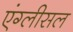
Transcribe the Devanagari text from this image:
एंग्लीसल